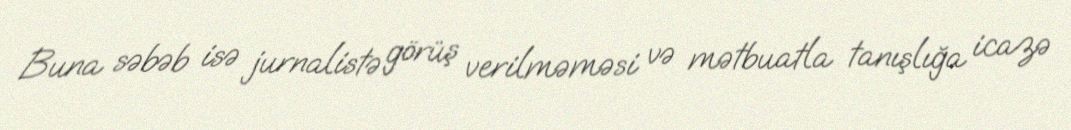
Buna səbəb isə jurnalistə görüş verilməməsi və mətbuatla tanışlığa icazə